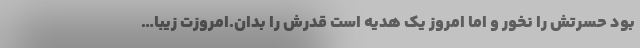
بود حسرتش را نخور و اما امروز یک هدیه است قدرش را بدان.امروزت زیبا…